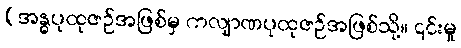
(အန္ဓပုထုဇဉ်အဖြစ်မှ ကလျာဏပုထုဇဉ်အဖြစ်သို့။ ၎င်းမှု